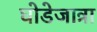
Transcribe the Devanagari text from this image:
घोडेजात्रा